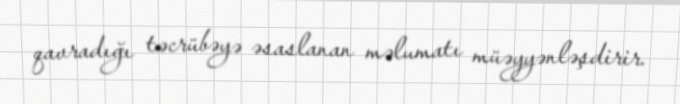
qavradığı təcrübəyə əsaslanan məlumatı müəyyənləşdirir.